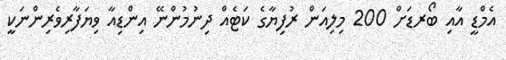
އެމްޑީ އާއި ބޯރޑަށް 200 މިލިއަން ރުފިޔާގެ ކަޓެއް ދިނުމުންނޭ އިންޑިއާ ވިޔަފާރިވެރިންނަކީ